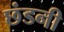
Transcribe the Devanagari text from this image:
छंडनी